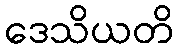
ဒေသိယတိ